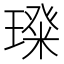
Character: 𭹵